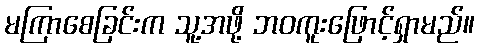
မကြာစေခြင်းက သူ့အဖို့ ဘဝကူးဖြောင့်ရှာမည်။